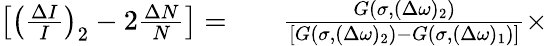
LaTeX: \begin{array}{rlr}{\left[\left(\frac{\Delta I}{I}\right)_{2}-2\frac{\Delta N}{N}\right]=}&{{}}&{\frac{G(\sigma,(\Delta\omega)_{2})}{[G(\sigma,(\Delta\omega)_{2})-G(\sigma,(\Delta\omega)_{1})]}\times}\end{array}